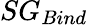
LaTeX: SG_{Bind}